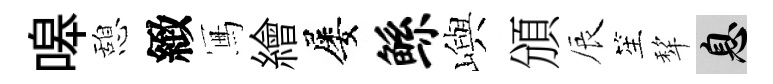
嗥憩緻冩繪屡鲧嶼頒辰笙犂息